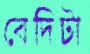
বেদিটা